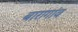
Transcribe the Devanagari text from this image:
बारागांव